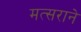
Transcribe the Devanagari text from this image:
मत्सराने